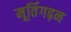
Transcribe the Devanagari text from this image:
मूर्तिगढ़न